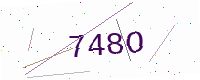
Text: 748O